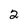
Character: 2